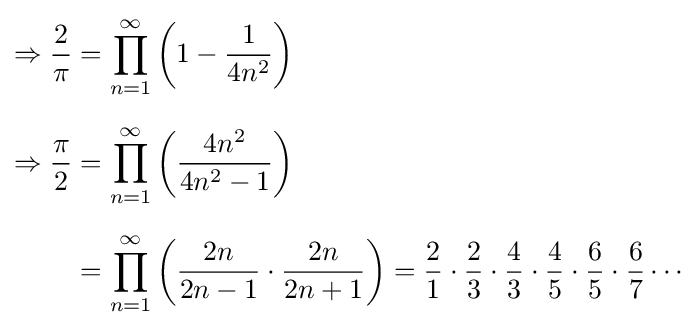
{\begin{aligned}\Rightarrow {\frac {2}{\pi }}&=\prod _{n=1}^{\infty }\left(1-{\frac {1}{4n^{2}}}\right)\\[6pt]\Rightarrow {\frac {\pi }{2}}&=\prod _{n=1}^{\infty }\left({\frac {4n^{2}}{4n^{2}-1}}\right)\\[6pt]&=\prod _{n=1}^{\infty }\left({\frac {2n}{2n-1}}\cdot {\frac {2n}{2n+1}}\right)={\frac {2}{1}}\cdot {\frac {2}{3}}\cdot {\frac {4}{3}}\cdot {\frac {4}{5}}\cdot {\frac {6}{5}}\cdot {\frac {6}{7}}\cdots \end{aligned}}